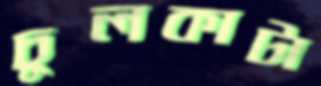
চুলকাটা